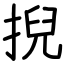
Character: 掜